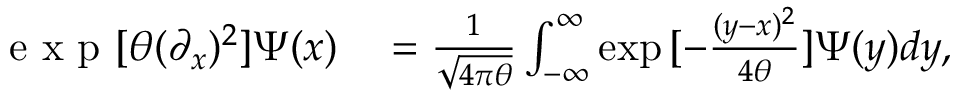
\begin{array} { r l } { \mathrm { ~ e ~ x ~ p ~ } [ \theta ( \partial _ { x } ) ^ { 2 } ] \Psi ( x ) } & { { } = \frac { 1 } { \sqrt { 4 \pi \theta } } \int _ { - \infty } ^ { \infty } \exp { [ - \frac { ( y - x ) ^ { 2 } } { 4 \theta } ] } \Psi ( y ) d y , } \end{array}